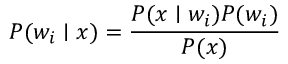
P ( w _ { i } \mid x ) = { \frac { P ( x \mid w _ { i } ) P ( w _ { i } ) } { P ( x ) } }